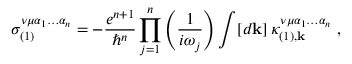
\sigma _ { ( 1 ) } ^ { \nu \mu \alpha _ { 1 } \hdots \alpha _ { n } } = - \frac { e ^ { n + 1 } } { \hslash ^ { n } } \prod _ { j = 1 } ^ { n } \left( \frac { 1 } { i \omega _ { j } } \right) \int [ d \mathbf { k } ] \, \kappa _ { ( 1 ) , \mathbf { k } } ^ { \nu \mu \alpha _ { 1 } \hdots \alpha _ { n } } \mathrm { ~ , ~ }